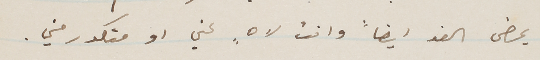
يمضى الغد ايضاً وانت لاهٍ عني او متكدر مني.